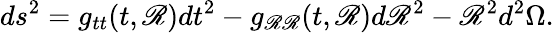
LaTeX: ds^{2}=g_{tt}(t,\mathscr{R})dt^{2}-g_{\mathscr{R}\mathscr{R}}(t,\mathscr{R})d\mathscr{R}^{2}-\mathscr{R}^{2}d^{2}\Omega.